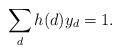
LaTeX: \begin{align*} \sum_dh(d)y_d=1.\end{align*}